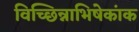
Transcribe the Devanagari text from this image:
विच्छिन्नाभिषेकांक